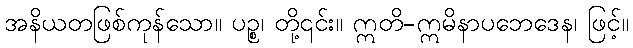
အနိယတဖြစ်ကုန်သော။ ပဉ္စ၊ တို့၎င်း။ ဣတိ-ဣမိနာပဘေဒေန၊ ဖြင့်။